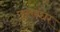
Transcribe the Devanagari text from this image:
उल्लंघर